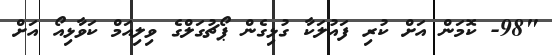
"98- ކޮމަން އަށް ކުރި ފައުލަކާ ގުޅިގެން ޕޯޗުގަލްގެ ވިލިއަމް ކަވާޅިއޯ އަށް